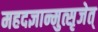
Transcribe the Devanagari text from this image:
महदज्ञान्मुत्सृजेत्